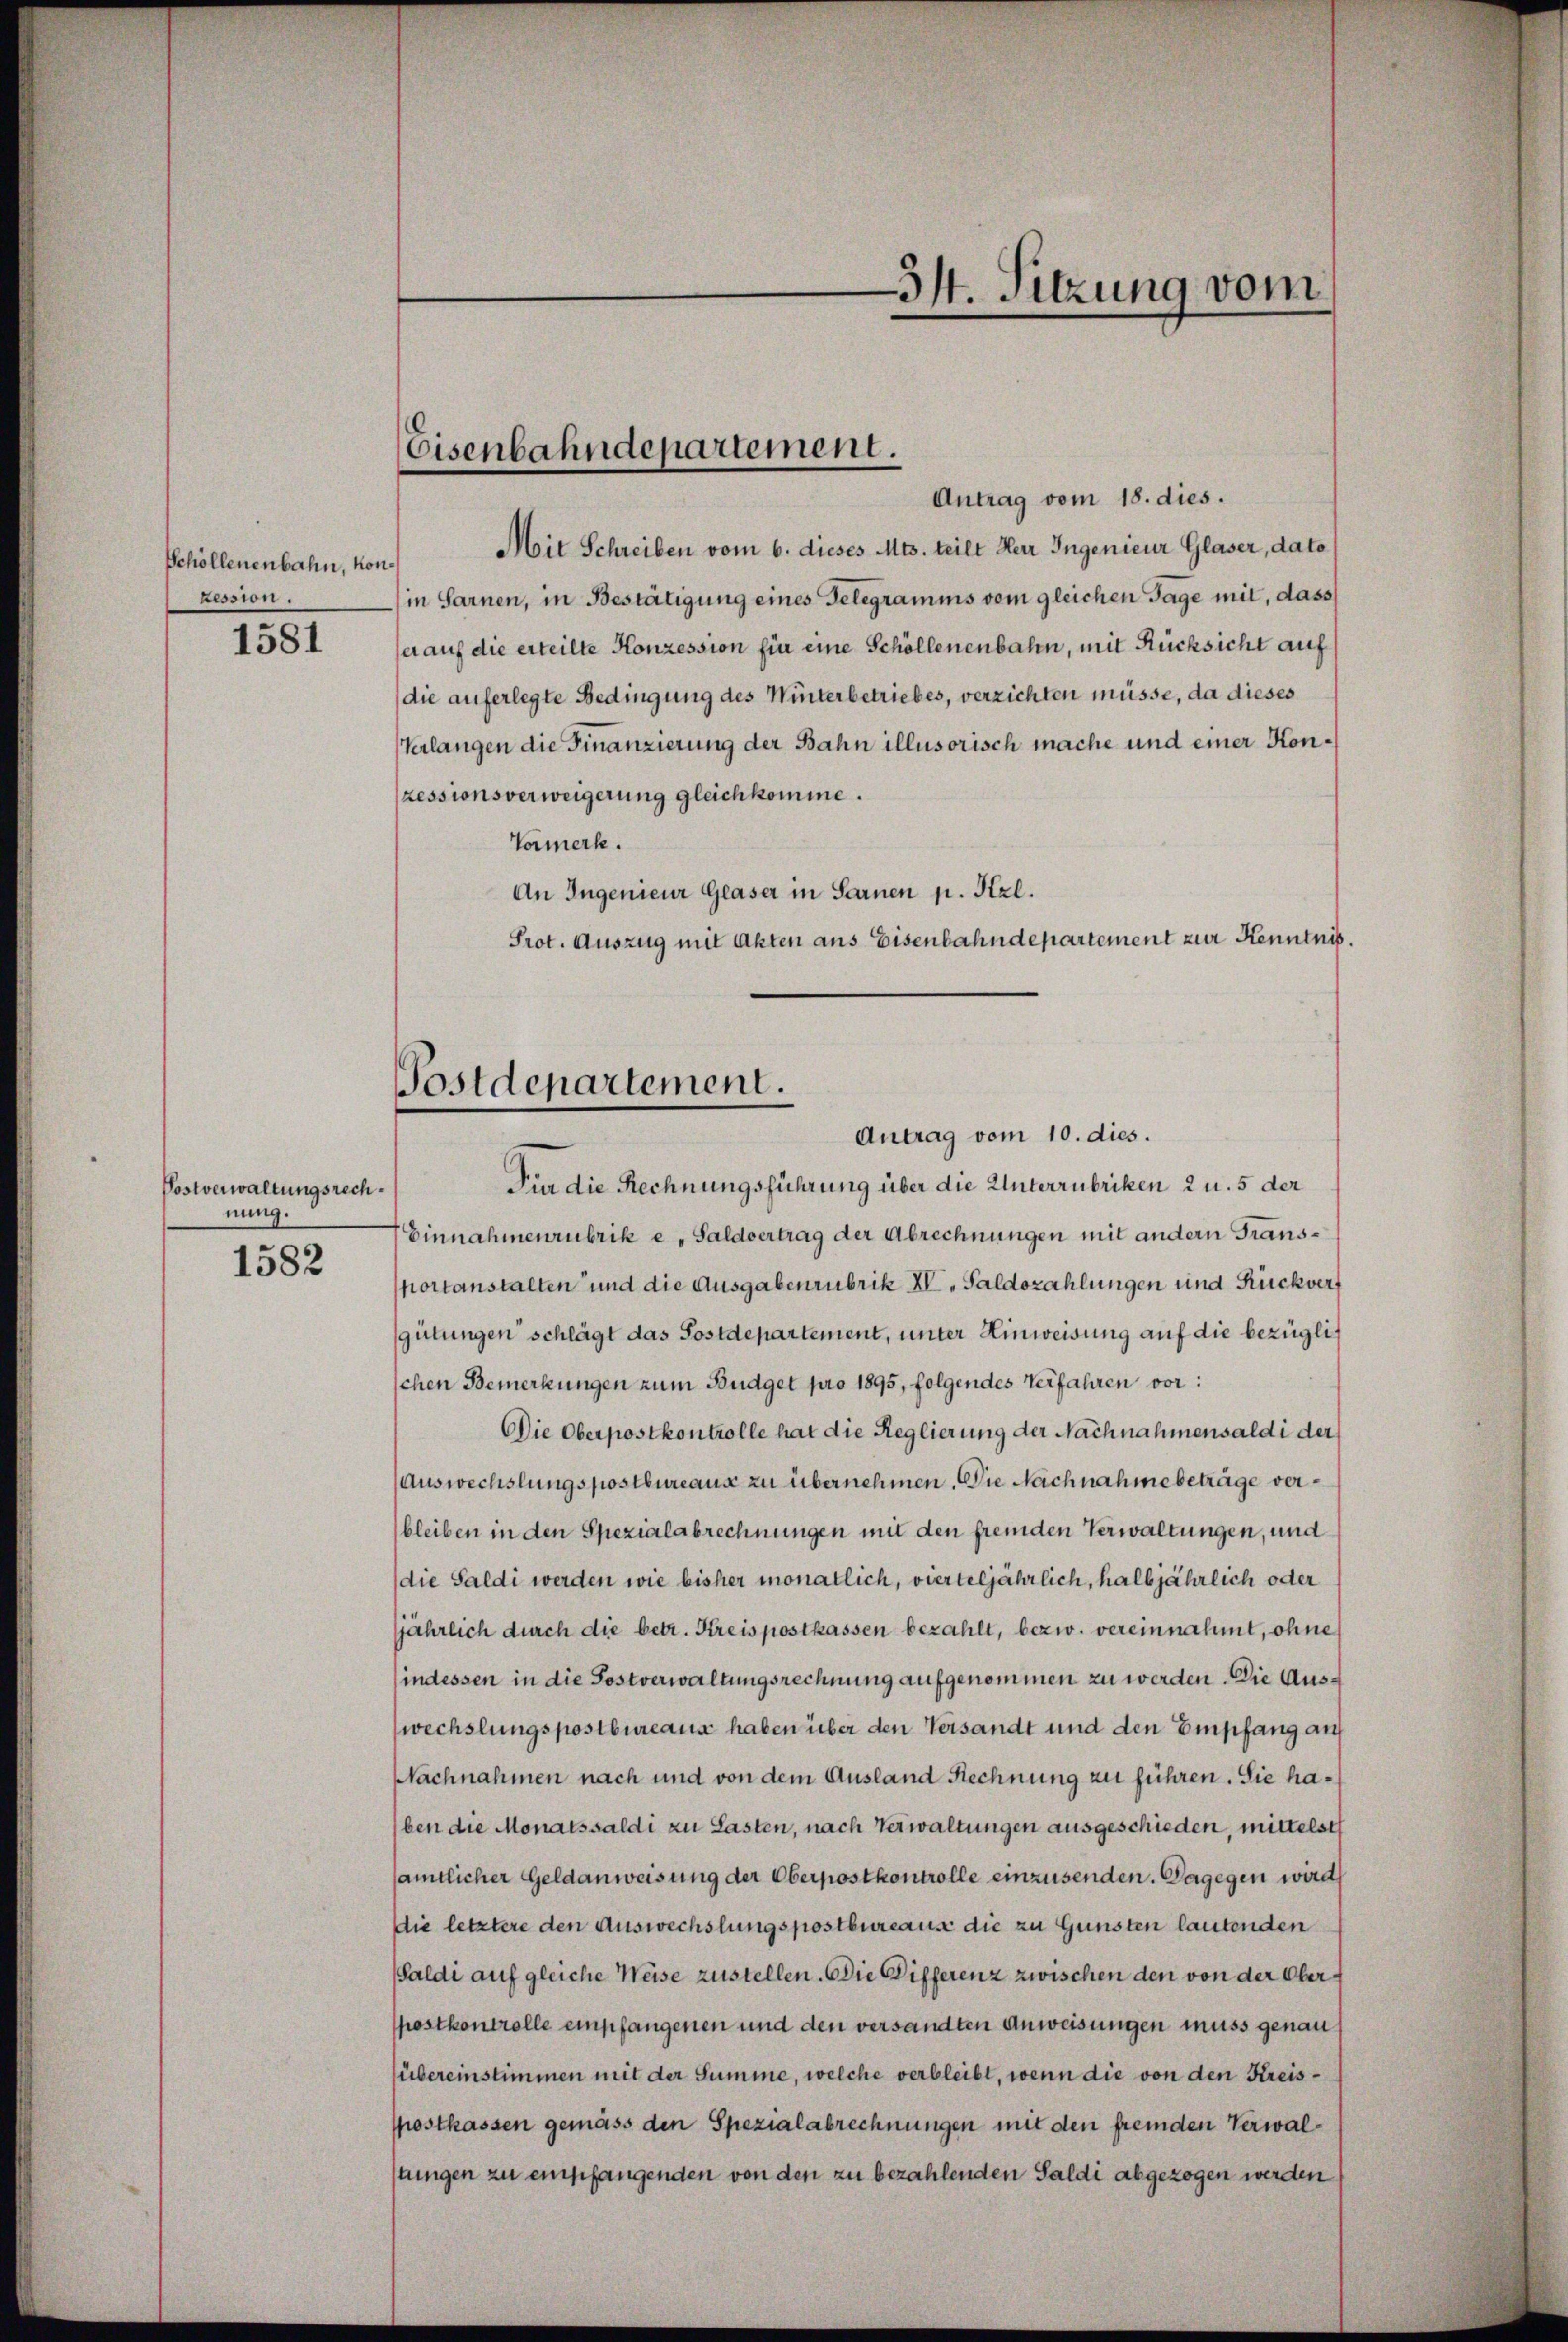
Schöllenenbahn, kon
Ression.

1581

Postverwaltungsrechnung.

1582

Eisenbahndepartement.

Postdepartement.

Antrag vom 18. dies.
Mit Schreiben vom 6. dieses Mts. teilt Herr Ingenieur Glaser, dato
in Sarnen, in Bestätigung eines Telegramms vom gleichen Tage mit, dass
er auf die erteilte Konzession für eine Schöllenenbahn, mit Rücksicht auf
die auferlegte Bedingung des Winterbetriebes, verzichten müsse, da dieses
Verlangen die Finanzierung der Bahn illusorisch mache und einer Konzessionsverweigerung gleichkomme.
Vormerk.
An Ingenieur Glaser in Sarnen p. Kzl.
Prot. Auszug mit Akten aus Eisenbahndepartement zur Kenntnis.
Antrag vom 10. dies.
Für die Rechnungsführung über die Unterrubriken 2 u. 5 der
Einnahmenrubrik e „Saldvertrag der Abrechnungen mit andern Transportanstalten und die Ausgabenrubrik XI. Saldozahlungen und Rückvergütungen schlägt das Postdepartement, unter Einweisung auf die bezüglichen Bemerkungen zum Büdget pro 1895, folgendes Verfahren vor:
Die Oberpostkontrolle hat die Regierung der Nachnahmensaldi der
Auswechslungspostbureaus zu übernehmen. Die Nachnahme beträge verbleiben in den Spezialabrechnungen mit den fremden Verwaltungen, und
die Saldi werden wie bisher monatlich, vierteljährlich, halbjährlich oder
jährlich durch die betr. Kreispostkassen bezahlt, bezw. vereinnahmt, ohne
indessen in die Postverwaltungsrechnung aufgenommen zu werden. Die Auswechslungspostbureaus haben über den Versandt und den Empfang auf
Nachnahmen nach und von dem Ausland Rechnung zu führen. Sie haben die Monatssaldi zu Lasten, nach Verwaltungen ausgeschieden, mittelst
amtlicher Geldanweisung der Oberpostkontrolle einzusenden. Dagegen wird
Die letztere den Auswechslungspostbureause die zu Gunsten lautenden
Saldi auf gleiche Weise zustellen. Die Differenz zwischen den von der Oberpostkontrolle empfangenen und den versandten Anweisungen muss genau
übereinstimmen mit der Summe, welche verbleibt, wenn die von den Kreispostkassen gemäss den Spezialabrechnungen mit den fremden Verwalstungen zu empfangenden von den zu bezahlenden Saldi abgezogen werden

34. Sitzung vom